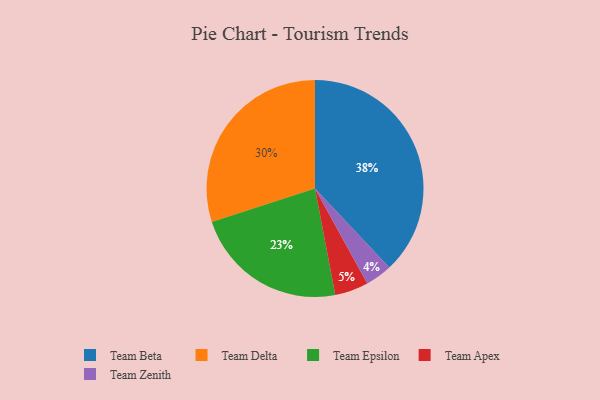
{"axis": {"x": "Category", "y": "Percentage"}, "legend": ["Team Apex", "Team Beta", "Team Delta", "Team Epsilon", "Team Zenith"], "data": [{"x": "Team Epsilon", "y": 23, "type": "Team Epsilon"}, {"x": "Team Zenith", "y": 4, "type": "Team Zenith"}, {"x": "Team Apex", "y": 5, "type": "Team Apex"}, {"x": "Team Delta", "y": 30, "type": "Team Delta"}, {"x": "Team Beta", "y": 38, "type": "Team Beta"}]}